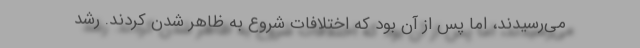
می‌رسیدند، اما پس از آن بود که اختلافات شروع به ظاهر شدن کردند. رشد